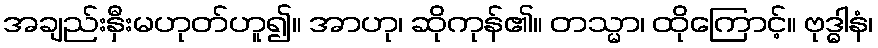
အချည်းနှီးမဟုတ်ဟူ၍။ အာဟု၊ ဆိုကုန်၏။ တသ္မာ၊ ထိုကြောင့်။ ဗုဒ္ဓါနံ၊